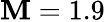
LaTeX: \mathbf{M}=1.9